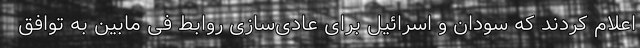
اعلام کردند که سودان و اسرائیل برای عادی‌سازی روابط فی مابین به توافق